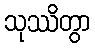
သုဿိတွာ